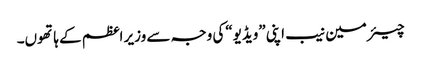
چیئر مین نیب اپنی ”ویڈیو“کی وجہ سے وزیر اعظم کے ہاتھوں۔